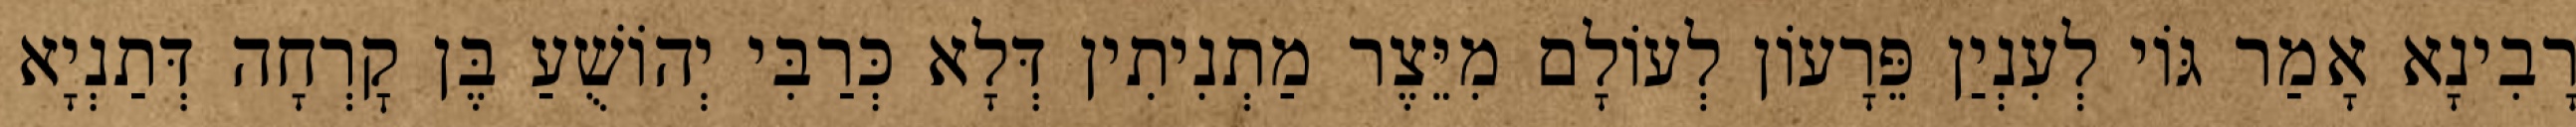
רָבִינָא אָמַר גּוֹי לְעִנְיַן פֵּרָעוֹן לְעוֹלָם מִיֵּצֶר מַתְנִיתִין דְּלָא כְּרַבִּי יְהוֹשֻׁעַ בֶּן קׇרְחָה דְּתַנְיָא